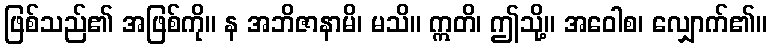
ဖြစ်သည်၏ အဖြစ်ကို။ န အဘိဇာနာမိ၊ မသိ။ ဣတိ၊ ဤသို့။ အဝေါစ၊ လျှောက်၏။